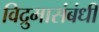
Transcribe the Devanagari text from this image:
विद्रुमासंबंधी